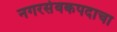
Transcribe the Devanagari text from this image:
नगरसेवकपदाचा